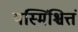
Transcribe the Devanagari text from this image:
यस्मिंश्चित्तं